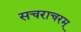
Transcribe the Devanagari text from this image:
सचराचरम्